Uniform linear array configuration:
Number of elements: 48
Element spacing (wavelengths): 1
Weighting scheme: hann
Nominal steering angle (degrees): -30
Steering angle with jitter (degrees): -31.683
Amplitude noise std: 0.05
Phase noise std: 0.05

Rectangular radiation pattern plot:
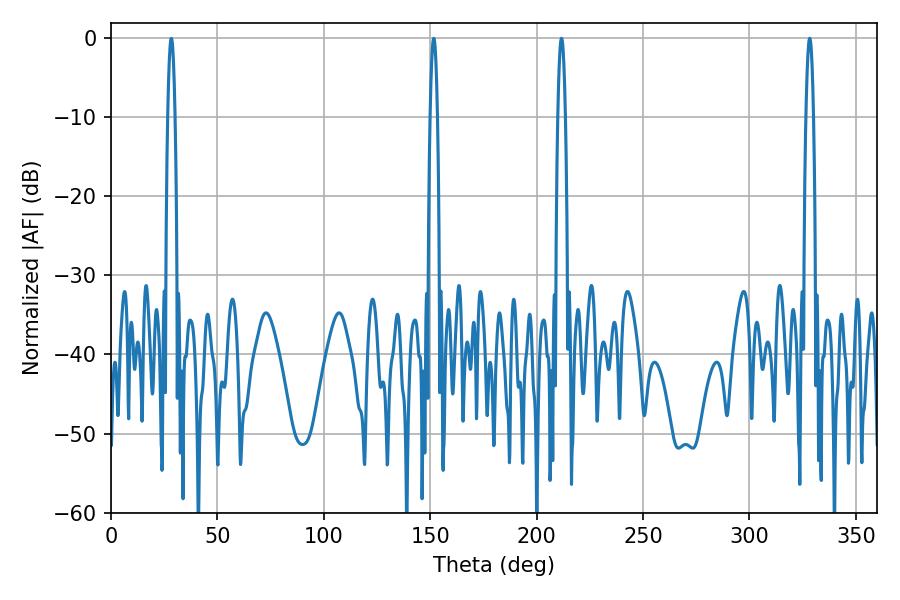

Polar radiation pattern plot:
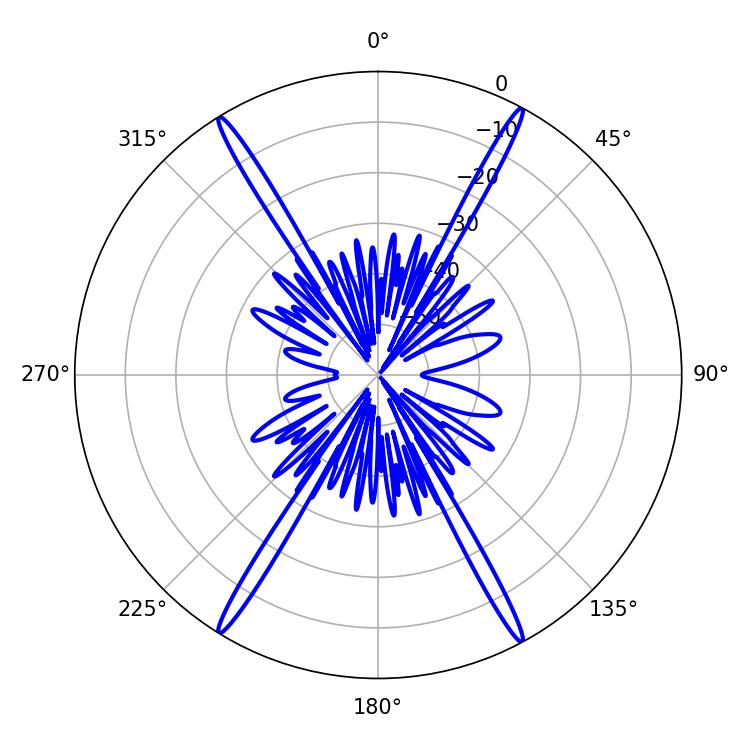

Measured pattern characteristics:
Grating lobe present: TRUE
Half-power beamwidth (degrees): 1.8
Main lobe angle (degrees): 211.68